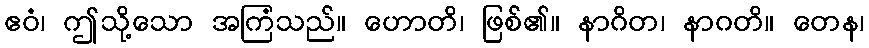
ဧဝံ၊ ဤသို့သော အကြံသည်။ ဟောတိ၊ ဖြစ်၏။ နာဂိတ၊ နာဂတိ။ တေန၊